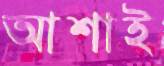
আশাই